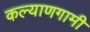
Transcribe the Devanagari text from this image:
कल्याणगामी